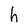
Character: h